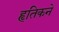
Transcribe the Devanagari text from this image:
हृतिकने